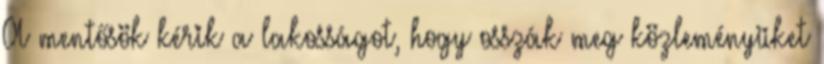
A mentősök kérik a lakosságot, hogy osszák meg közleményüket